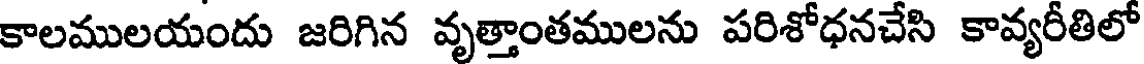
కాలములయందు జరిగిన వృత్తాంతములను పరిశోధనచేసి కావ్యరీతిలో